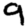
Digit: 9